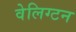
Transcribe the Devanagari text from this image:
वेलिग्टन